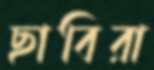
ছাবিরা